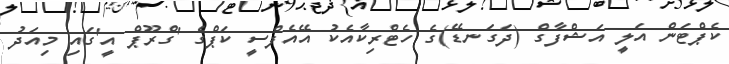
ކެޕްޓަން އަލީ އަޝްފާގް (ދަގަނޑޭ)ގެ ހެޓްރިކާއެކު އޭއެފްސީ ކަޕްގެ 'ގްރޫޕް އީ'ގައި މިއަދު